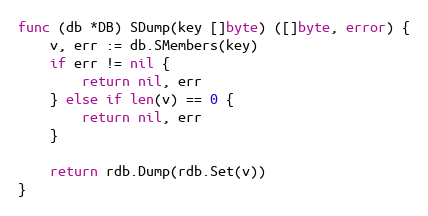
Language: Go
func (db *DB) SDump(key []byte) ([]byte, error) {
	v, err := db.SMembers(key)
	if err != nil {
		return nil, err
	} else if len(v) == 0 {
		return nil, err
	}

	return rdb.Dump(rdb.Set(v))
}